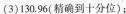
(3)130，96(精确到十分位)；